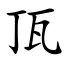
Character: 㼗